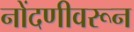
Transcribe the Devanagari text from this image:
नोंदणीवरून